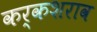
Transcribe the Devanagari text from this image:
कर्कशराव